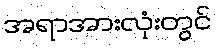
အရာအားလုံးတွင်